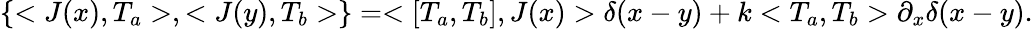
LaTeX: \left\{ <J(x),T_{a}>,<J(y),T_{b}>\right\} =<[T_{a},T_{b}],J(x)>\delta(x-y)+k<T_{a},T_{b}>\partial_{x}\delta(x-y).